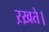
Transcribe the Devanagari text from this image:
ऱख़ते।